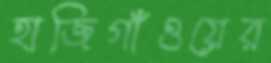
হাজিগাঁওয়ের